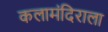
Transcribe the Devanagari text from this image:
कलामंदिराला